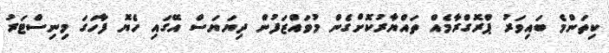
ކިތަންމެ ބައިވަރު ޕްރޮގްރާމެއް ތައްޔާރުކޮށްގެން މުވައްޒަފުން ދިޔަޔަސް އޭގައި ހެޔޮ ފާހަގަ މިނިސްޓަރު